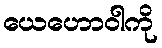
ယေဟောဝါကို